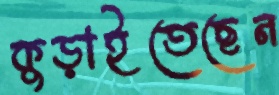
কুড়াইতেছেন